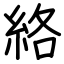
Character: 絡